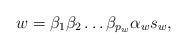
LaTeX: \begin{align*}w=\beta _1\beta _2\dots\beta _{p_w}\alpha _ws_w,\end{align*}